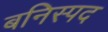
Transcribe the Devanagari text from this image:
बनिस्पद